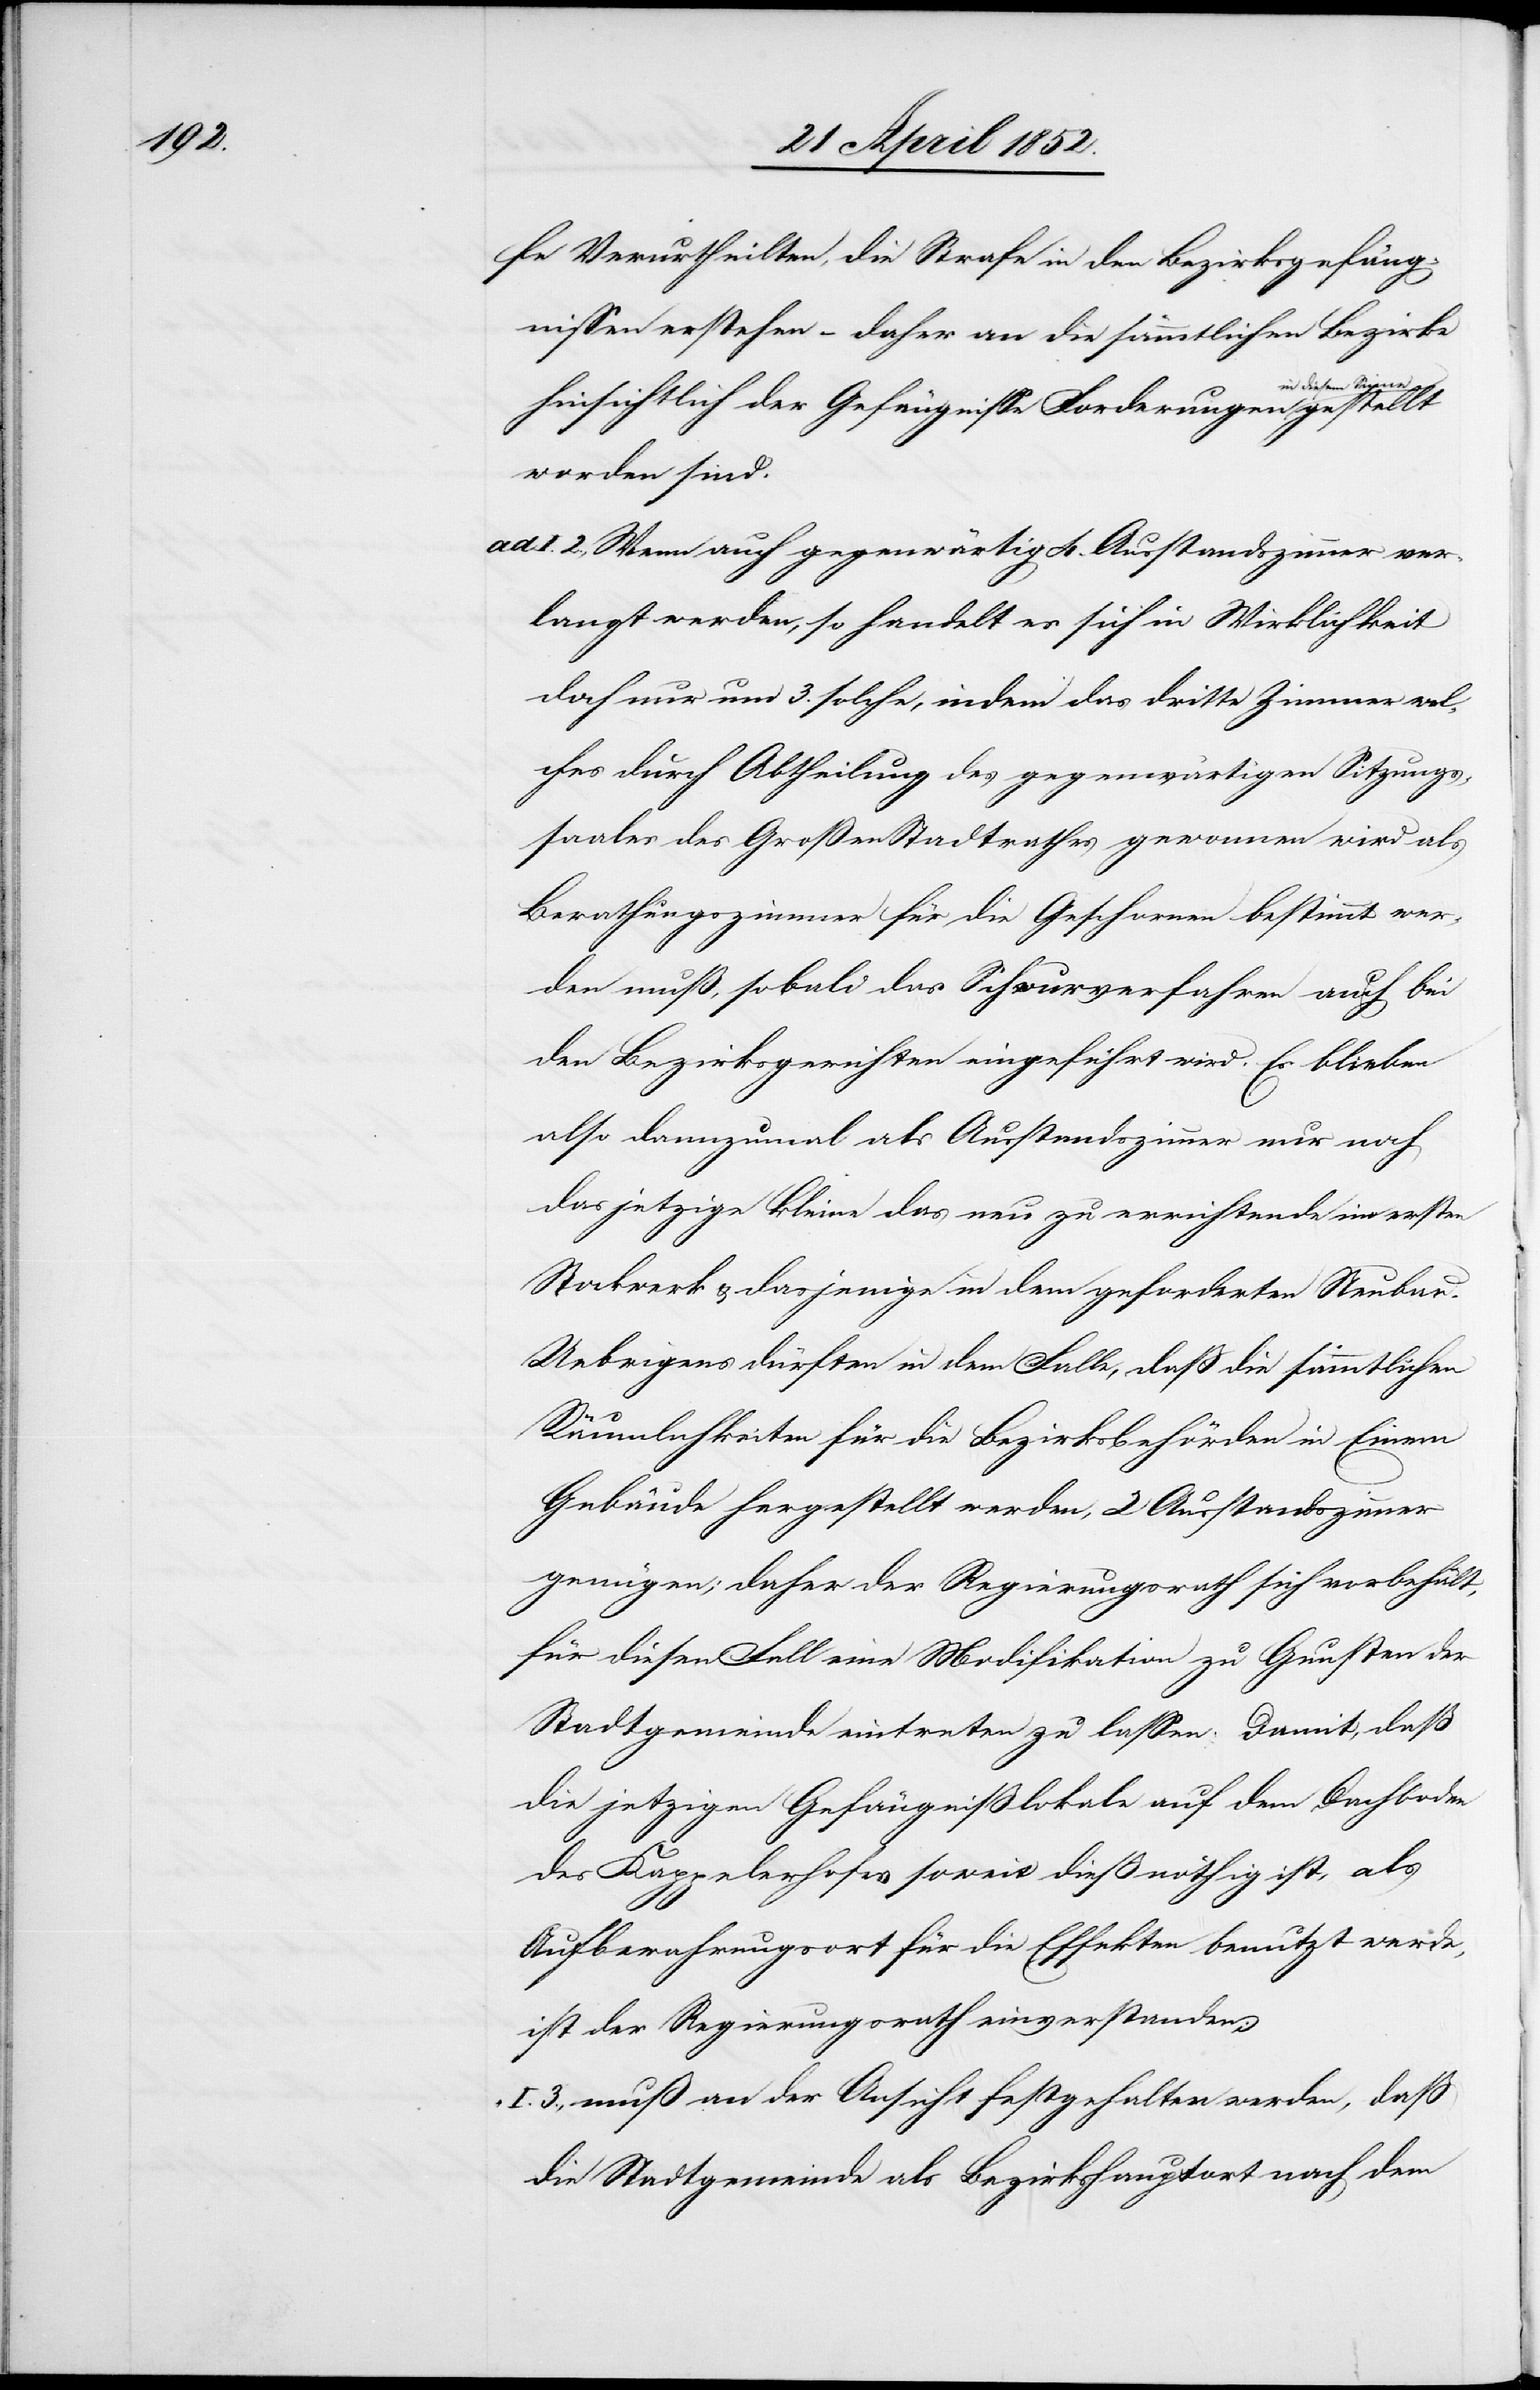
fe Verurtheilten, die Strafe in den Bezirksgefäng¬
nissen erstehen – daher an die sämmtlichen Bezirke
diesem Sinne
hinsichtlich der Gefängnisse Forderungen in
worden sind.
Wenn auch gegenwärtig 4. Ausstandszimmer ver¬
langt werden, so handelt es sich in Wirklichkeit
doch nur um 3. solche, indem das dritte Zimmer wel¬
ches durch Abtheilung des gegenwärtigen Sitzungs¬
saales des Großen Stadtrathes gewonnen wird als
Berathungszimmer für die Gesch[w]ornen bestimmt wer¬
den muß, sobald das Schwurverfahren auch bei
den Bezirksgerichten eingeführt wird. Es blieben
also dannzumal als Ausstandszimmer nur noch
das jetzige kleine[,] das neu zu errichtende im ersten
Stockwerk & dasjenige in dem geforderten Neubau.
Uebrigens dürften in dem Falle, dass die sämmtlichen
Räumlichkeiten für die Bezirksbehörden in Einem
Gebäude hergestellt werden, 2 Ausstandszimmer
genügen; daher der Regierungsrath sich vorbehält,
für diesen Fall eine Modifikation zu Gunsten der
Stadtgemeinde eintreten zu lassen. Damit, daß
die jetzigen Gefängnißlokale auf dem Dachboden
des Kappelerhofes soweit dieß nöthig ist, als
Aufbewahrungsort für die Effekten benutzt werde[n],
ist der Regierungsrath einverstanden;
muß an der Ansicht festgehalten werden, dass
die Stadtgemeinde als Bezirkshauptort nach dem